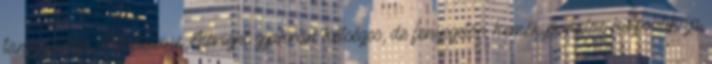
tanácsadója, Madeleine Albright gyakran kétséges, de fenyegetőn keményvonalas külpolitikája